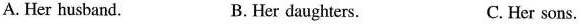
A. Her husband. B.Her daughters. C. Her sons.